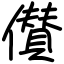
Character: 儧